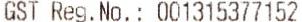
GST REG. NO. : 001315377152